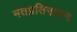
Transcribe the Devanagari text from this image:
मतप्रतिपादन